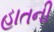
હાતની